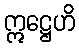
ဣဋ္ဌေဟိ